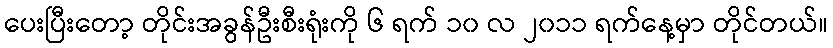
ပေးပြီးတော့ တိုင်းအခွန်ဦးစီးရုံးကို ၆ ရက် ၁၀ လ ၂၀၁၁ ရက်နေ့မှာ တိုင်တယ်။